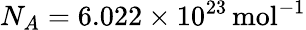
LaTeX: N_{A}=6.022\times 10^{23}\, \mathrm{mol}^{-1}